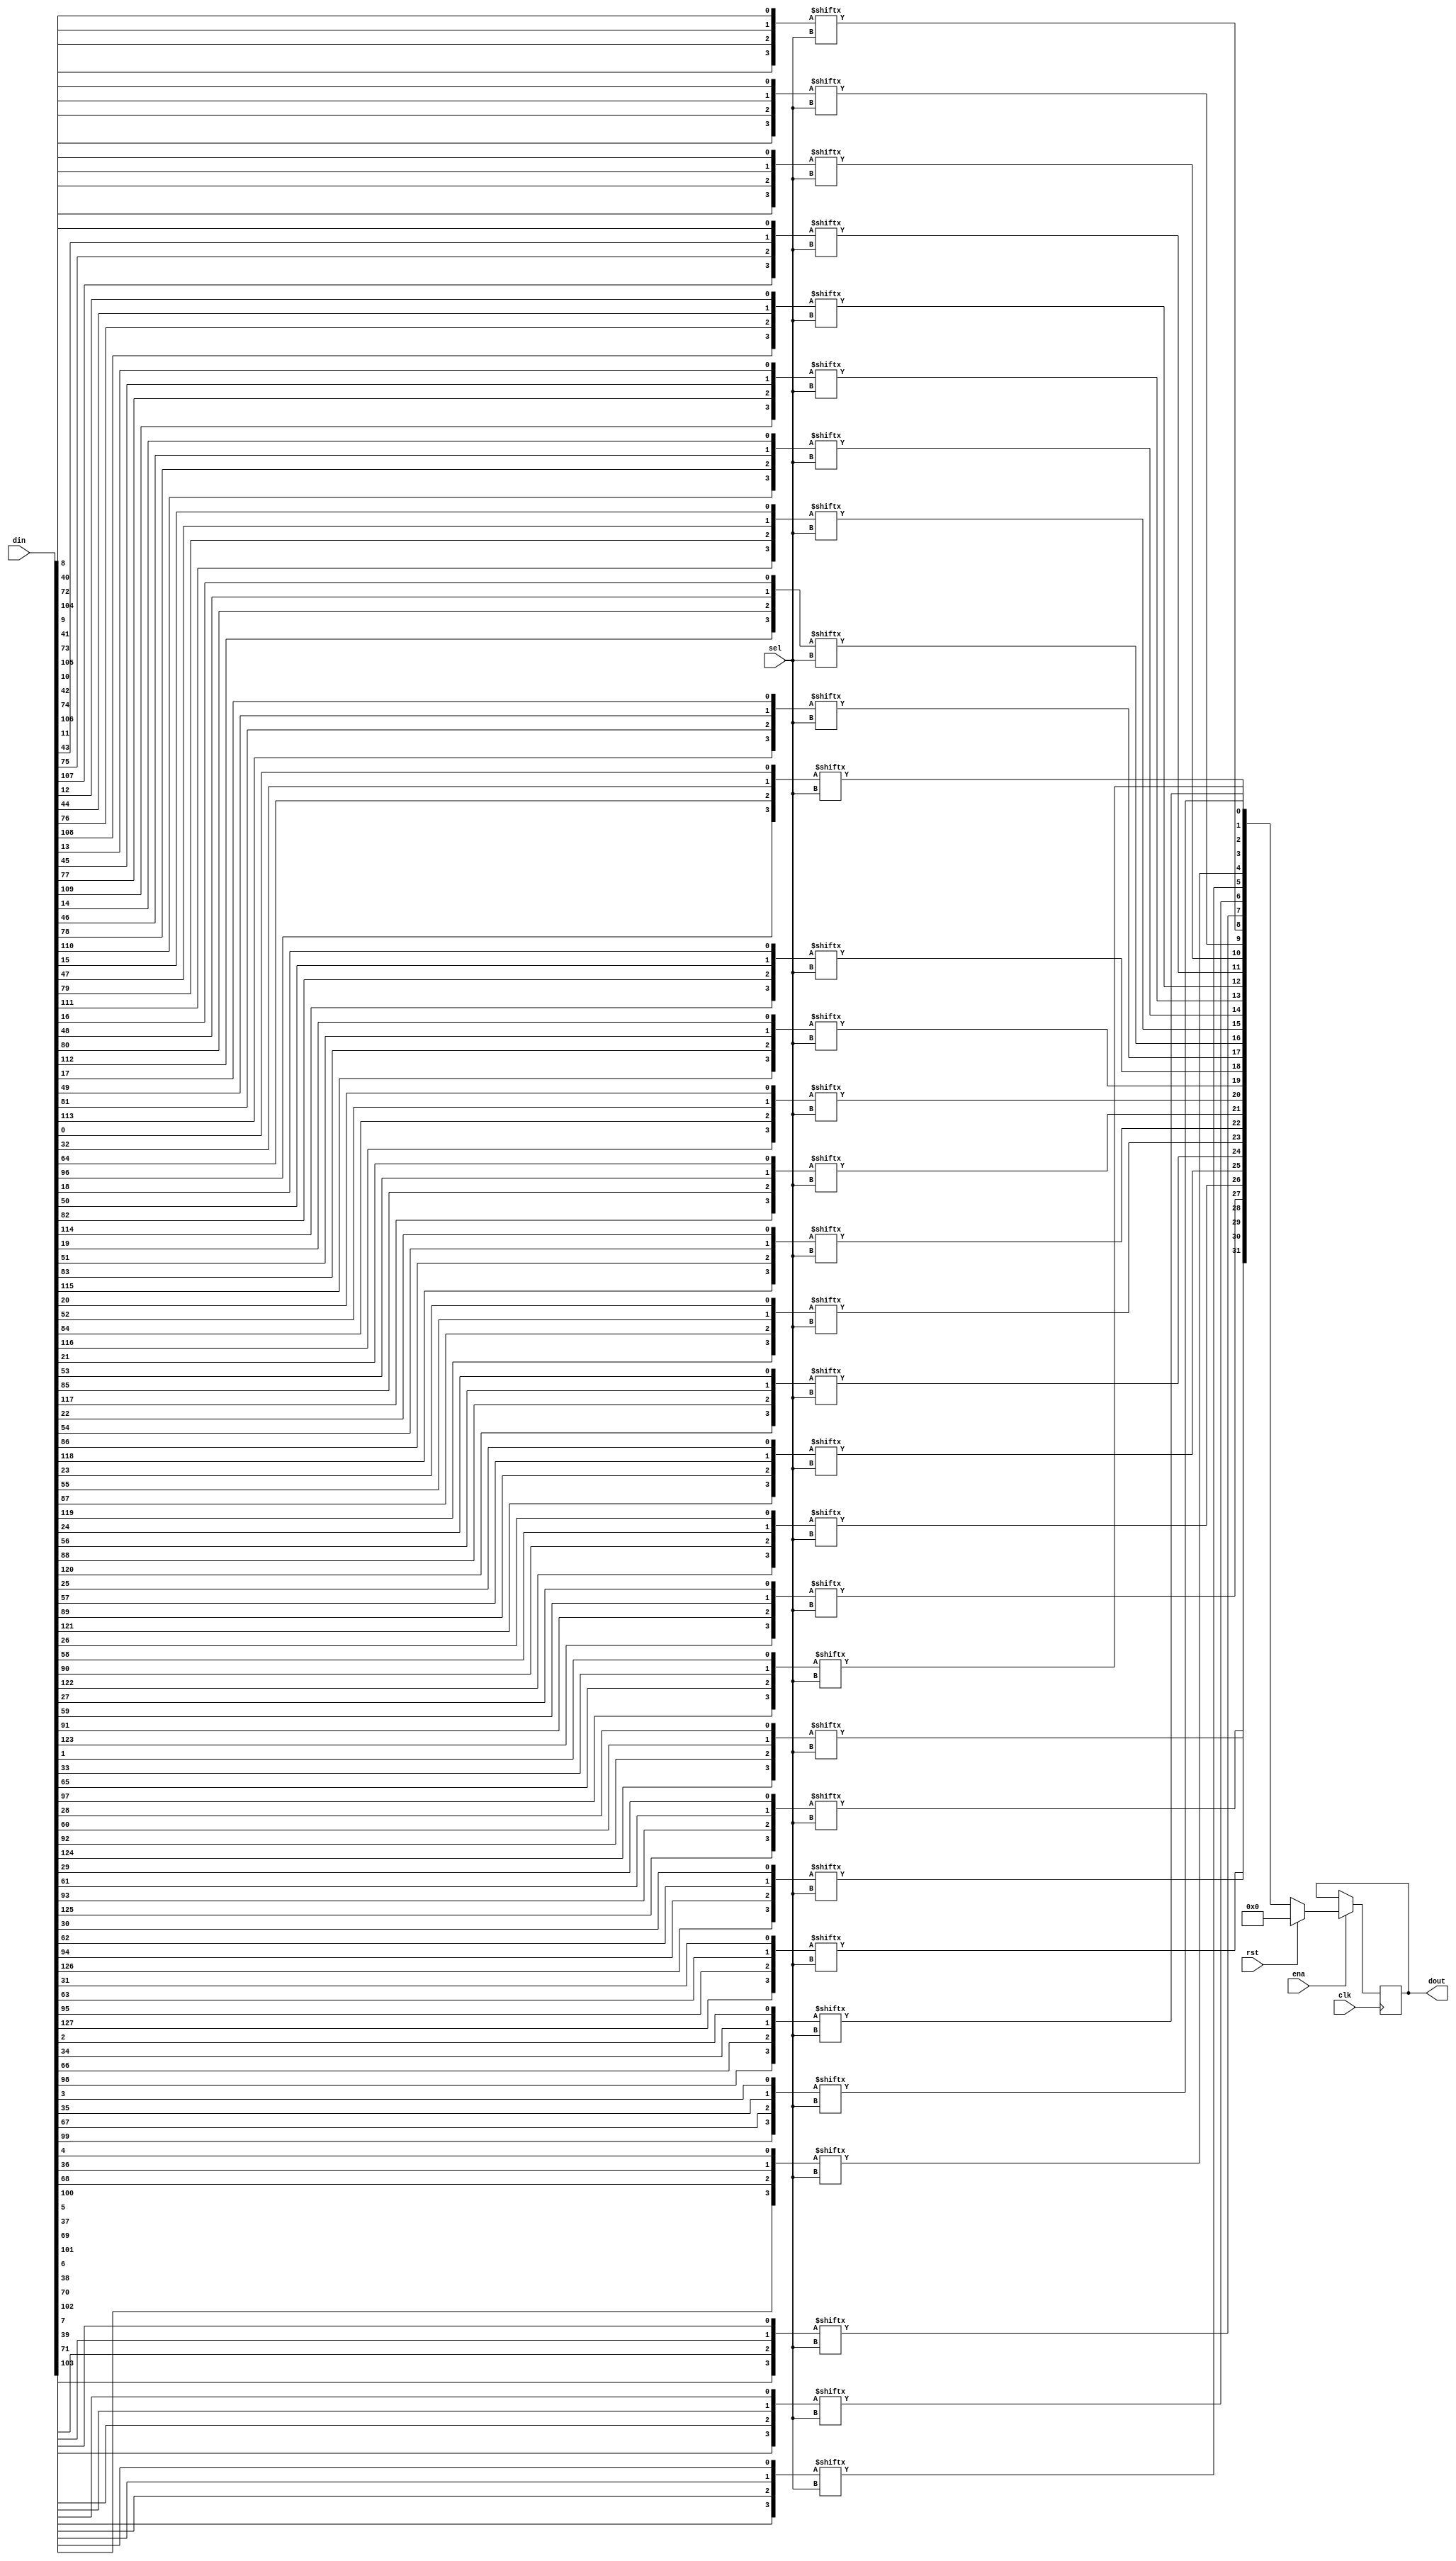
module reg_word_mux (clk,rst,ena,sel,din,dout);
parameter WORD_LEN = 32; 
parameter NUM_SEL = 2;
parameter NUM_WORDS_IN = 1 << NUM_SEL;

input clk,rst,ena;
input [NUM_SEL-1:0] sel;
input [WORD_LEN*NUM_WORDS_IN-1:0] din;
output [WORD_LEN-1:0] dout;

wire [WORD_LEN-1:0] dout_c;
reg [WORD_LEN-1:0] dout;

genvar i,j;
generate
	for (i=0; i<WORD_LEN; i=i+1) 
	begin : out_bits
		wire [NUM_WORDS_IN-1:0] tmp_dat;
		for (j = 0; j<NUM_WORDS_IN; j=j+1) 
		begin : dat_bits
			assign tmp_dat[j] = din[i+j*WORD_LEN];
		end
		assign dout_c[i] = tmp_dat[sel];
	end
endgenerate

always @(posedge clk) begin
	if (ena) begin
		if (rst) dout <= 0;
		else dout <= dout_c;
	end
end
endmodule